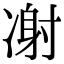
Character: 㓔